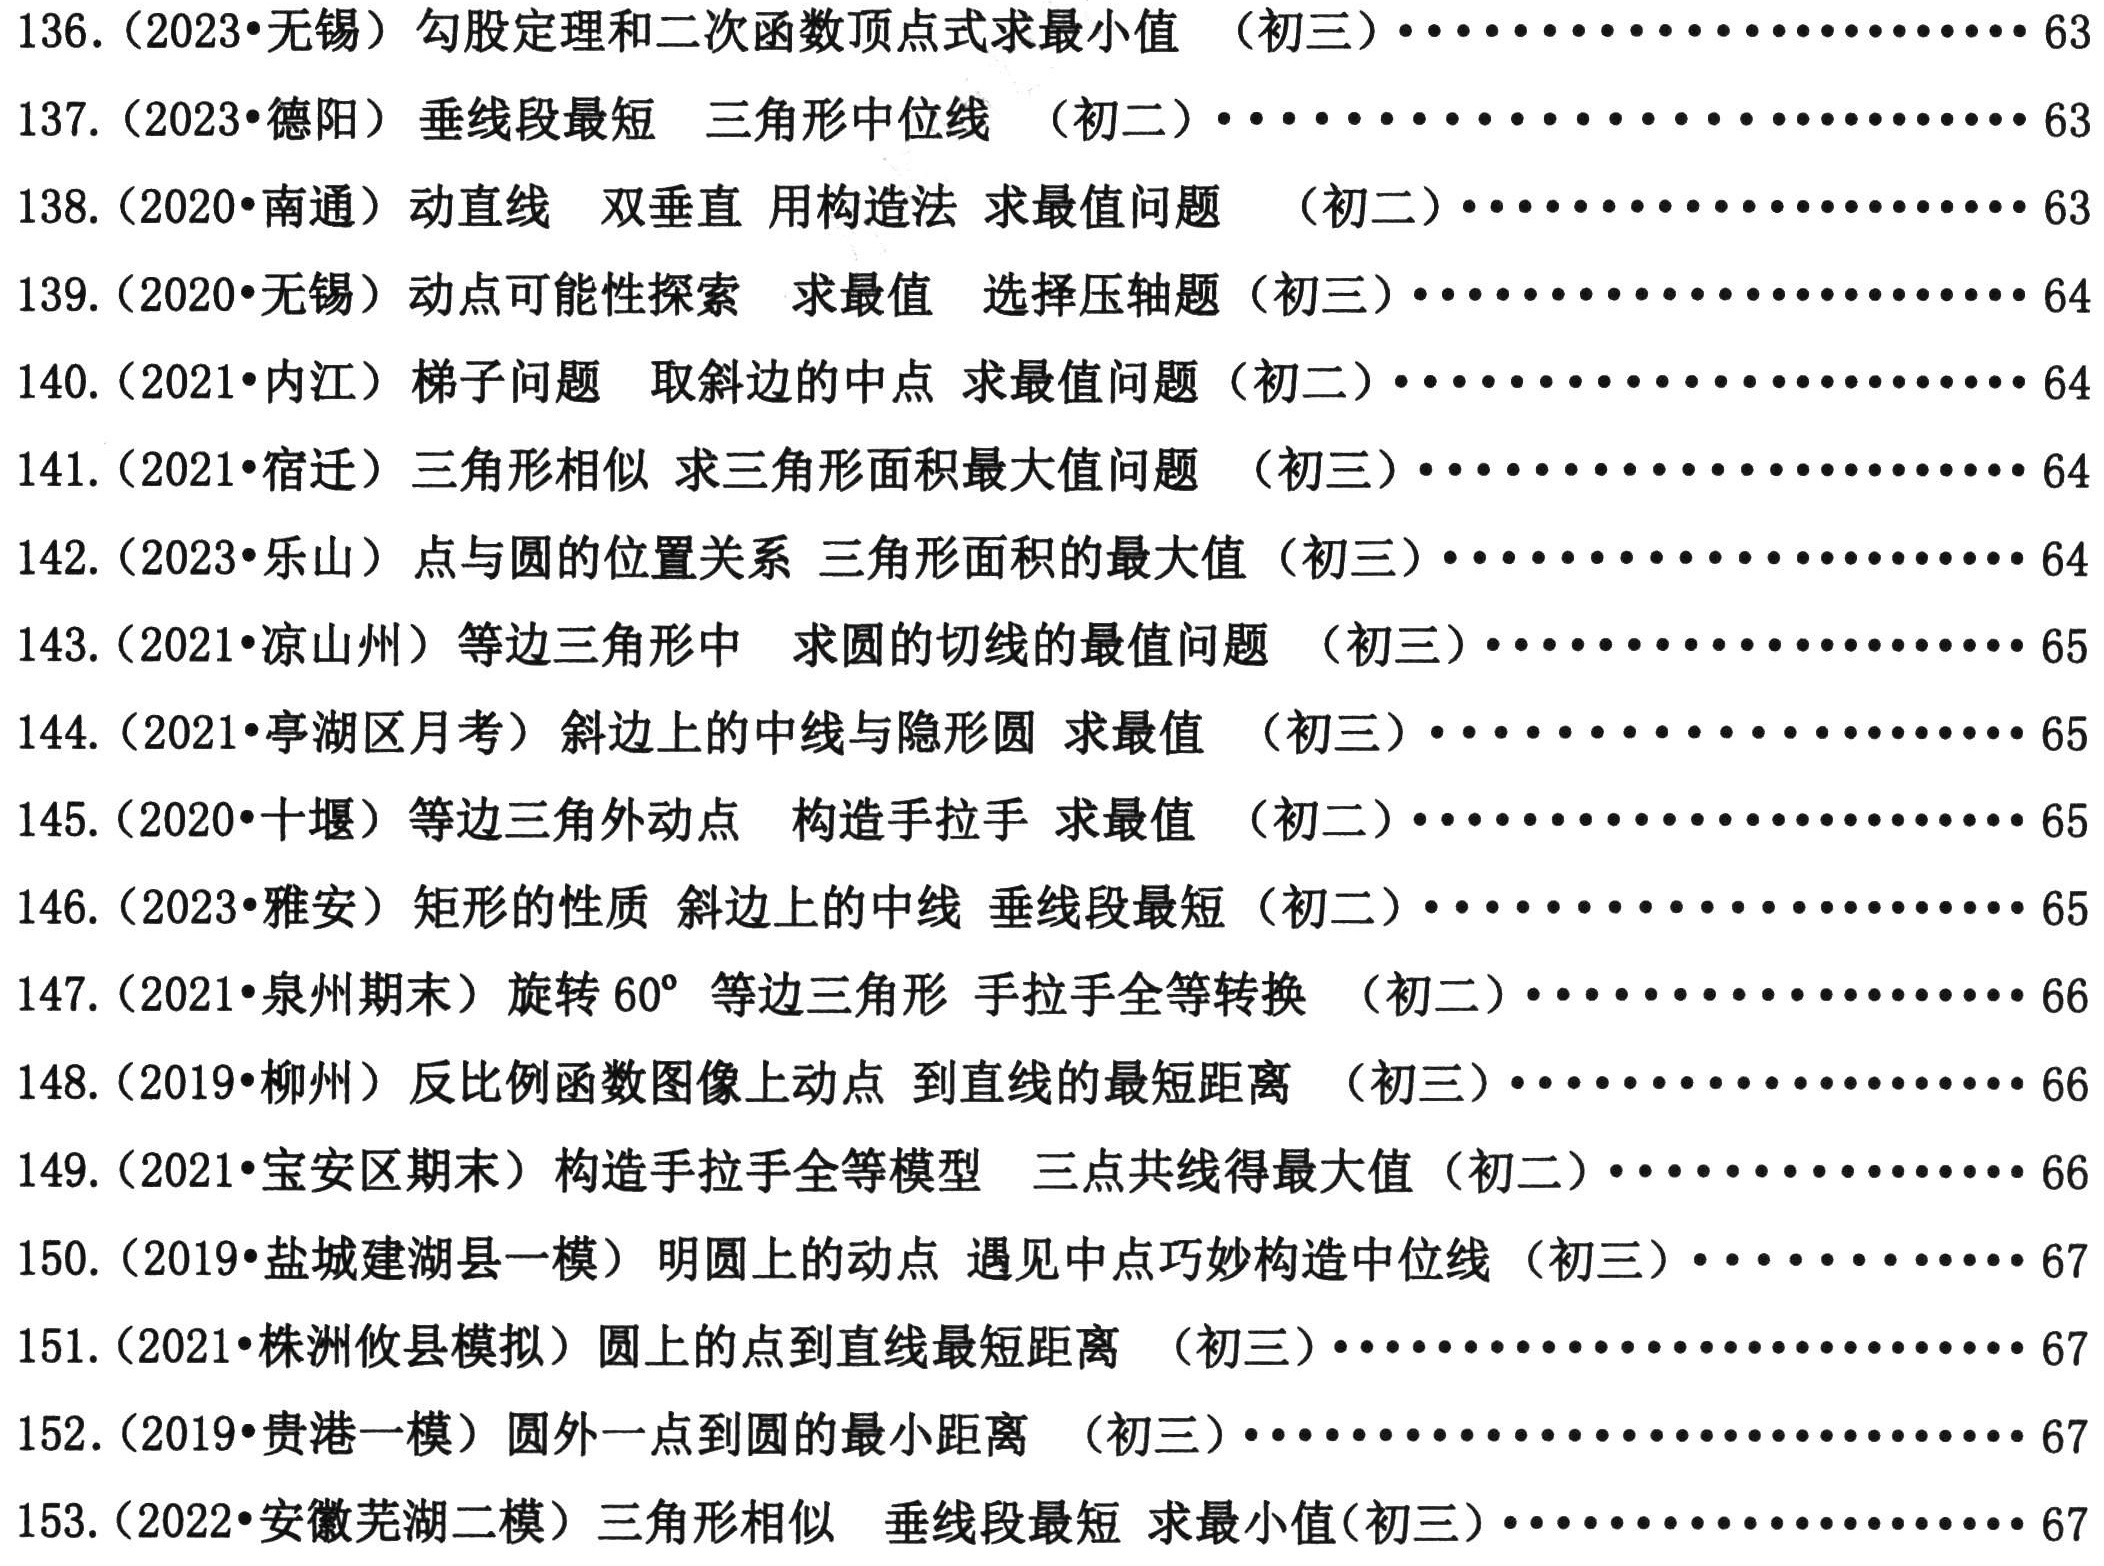
136. (2023•无锡) 勾股定理和二次函数顶点式求最小值 （初三）.................................. 63

137. (2023•德阳) 垂线段最短 三角形中位线 （初二）.................................. 63

138. (2020•南通) 动直线 双垂直 用构造法 求最值问题 （初二）.............................. 63

139. (2020•无锡) 动点可能性探索 求最值 选择压轴题 （初三）.............................. 64

140. (2021•内江) 梯子问题 取斜边的中点 求最值问题 （初二）.............................. 64

141. (2021•宿迁) 三角形相似 求三角形面积最大值问题 （初三）.............................. 64

142. (2023•乐山) 点与圆的位置关系 三角形面积的最大值 （初三）.............................. 64

143. (2021•凉山州) 等边三角形中 求圆的切线的最值问题 （初三）.............................. 65

144. (2021•亭湖区月考) 斜边上的中线与隐形圆 求最值 （初二）.............................. 65

145. (2020•十堰) 等边三角外动点 构造手拉手 求最值 （初二）.............................. 65

146. (2020•雅安) 矩形的性质 斜边上的中线 垂线段最短 （初二）.............................. 65

147. (2021•泉州期末) 旋转 60° 等边三角形 手拉手全等转换 （初二）........................ 66

148. (2019•柳州) 反比例函数图像上动点 到直线的最短距离 （初三）.............................. 66

149. (2021•宝安区期末) 构造手拉手全等模型 三点共线得最大值 （初二）........................ 66

150. (2019•盐城建湖县一模) 明圆上的动点 遇见中点巧妙构造中位线 （初三）.................... 67

151. (2021•株洲攸县模拟) 圆上的点到直线最短距离 （初三）.................................. 67

152. (2019•贵港一模) 圆外一点到圆的最小距离 （初三）...................................... 67

153. (2022•安徽芜湖二模) 三角形相似 垂线段最短 求最小值(初三).............................. 67